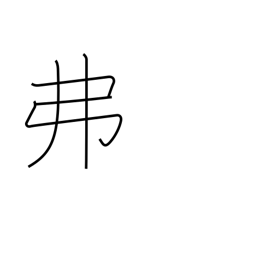
Meaning: dollar